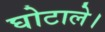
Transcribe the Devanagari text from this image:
घोटाले।